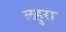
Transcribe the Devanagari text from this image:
लहुरा